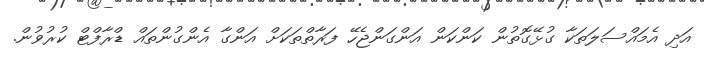
އަދި އެމައްސަލަތަކާ ގުޅޭގޮތުން ކަންކަން އަންގަންޖެހޭ ފަރާތްތަކަށް އަންގާ އެންގުންތައް ޑްރާފްޓް ކުރުވުން.